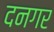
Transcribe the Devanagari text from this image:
दनगर